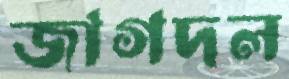
জাগদল